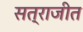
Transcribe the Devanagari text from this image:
सत्राजीत